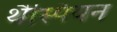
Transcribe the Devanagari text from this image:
थैस्पियन